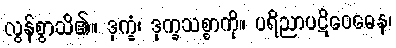
လွန်စွာသိ၏။ ဒုက္ခံ၊ ဒုက္ခသစ္စာကို။ ပရိညာပဋိဝေဓေန၊